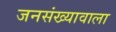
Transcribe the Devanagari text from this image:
जनसंख्यावाला